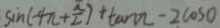
\sin ( - 4 \pi + \frac { \pi } { 2 } ) + \tan \pi - 2 \cos O